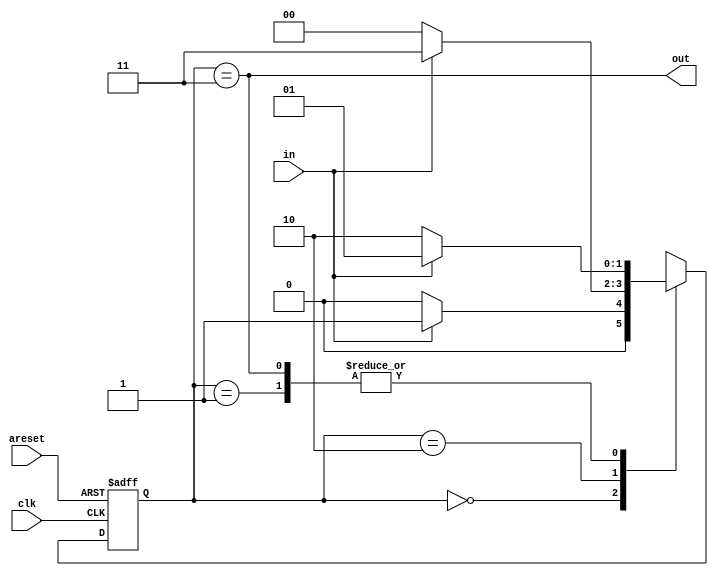
module top_module(
    input clk,
    input in,
    input areset,
    output out); //

    parameter A=0,B=1,C=2,D=3;
    reg [1:0] state,next_st;
    // State transition logic
    always @(*) begin
        case (state)
            A: next_st= in?B:A;
            B: next_st= in?B:C;
            C: next_st= in?D:A;
            D: next_st= in?B:C;
        endcase
    end

    // State flip-flops with asynchronous reset
    always @(posedge clk or posedge areset) begin
        if(areset)
            state<=A;
        else state<=next_st;
    end

    // Output logic
    assign out = (state==D);

endmodule